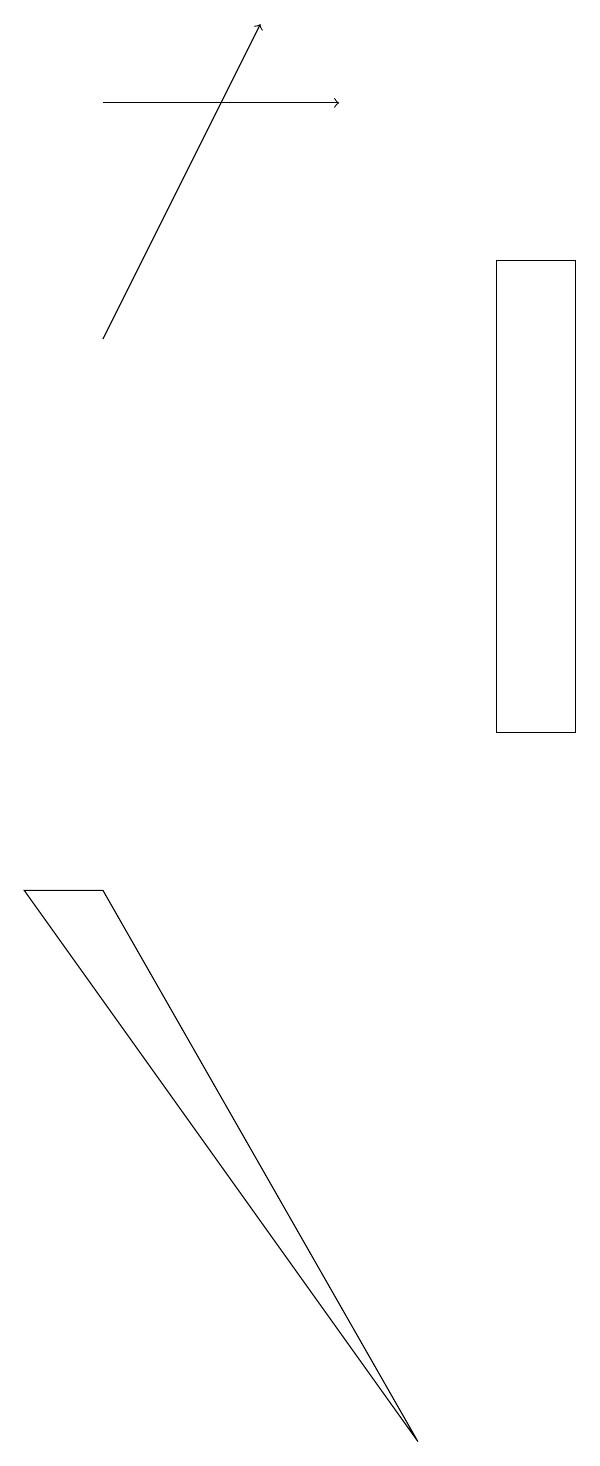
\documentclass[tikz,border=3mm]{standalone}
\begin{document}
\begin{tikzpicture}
\draw (9,10) rectangle (8,16);
\draw[->] (3,15) -- (5,19);
\draw (2,8) -- (7,1) -- (3,8) -- cycle;
\draw[->] (3,18) -- (6,18);
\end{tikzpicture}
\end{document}